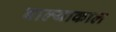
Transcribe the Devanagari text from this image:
बाल्याकाल